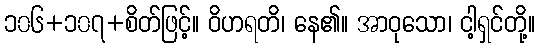
၁၀၆+၁၀၇+စိတ်ဖြင့်။ ဝိဟရတိ၊ နေ၏။ အာဝုသော၊ ငါ့ရှင်တို့။